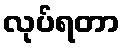
လုပ်ရတာ